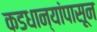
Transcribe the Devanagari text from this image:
कडधान्यांपासून